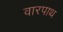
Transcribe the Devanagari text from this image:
वारपाथ